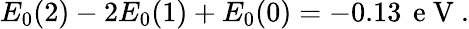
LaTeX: \begin{array}{r}{E_{0}(2)-2E_{0}(1)+E_{0}(0)=-0.13\, \mathrm{~e~V~}.}\end{array}